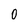
Character: 0